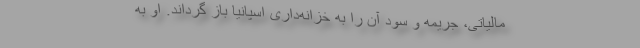
مالیاتی، جریمه و سود آن را به خزانه‌داری اسپانیا باز گرداند. او به